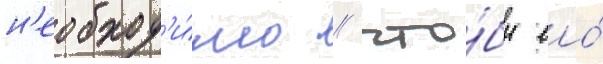
н'еобход'и́мо / что́бы ео́